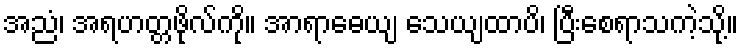
အညံ၊ အရဟတ္တဖိုလ်ကို။ အာရာဓေယျ သေယျထာပိ၊ ပြီးစေရာသကဲ့သို့။